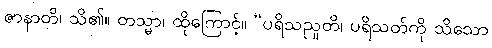
ဇာနာတိ၊ သိ၏။ တသ္မာ၊ ထိုကြောင့်။ “ပရိသညူတိ၊ ပရိသတ်ကို သိသော